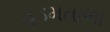
હડમતાળા